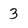
Character: 3